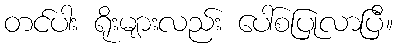
တင်ပါး ရိုးများလည်း ပေါ်စပြုလာပြီ။